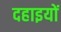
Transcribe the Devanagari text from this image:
दहाइयों